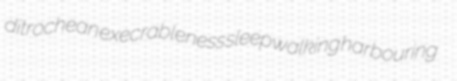
ditrochean execrableness sleepwalking harbouring